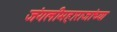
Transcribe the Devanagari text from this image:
जंगलीमहाराजांच्या